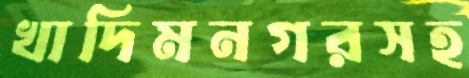
খাদিমনগরসহ